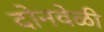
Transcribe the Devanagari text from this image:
दोनवेळी